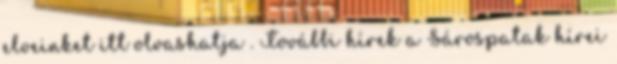
elveinket itt olvashatja . További hírek a Sárospatak hírei